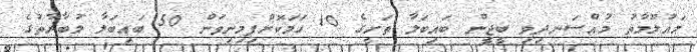
މައުލޫމާތު މުއްސަނދިވި ބީޖީން ބައިބަލާ ތަށީގެ 10 ހަމަކޮށްފިމިނިވަން 50 ބައިބަލާ މުބާރާތުގެ